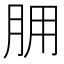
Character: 𦙸